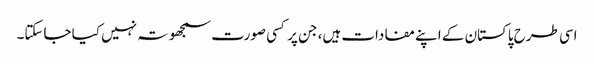
اسی طرح پاکستان کے اپنے مفادات ہیں، جن پر کسی صورت سمجھوتہ نہیں کیا جاسکتا۔